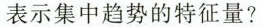
表示集中趋势的特征量?